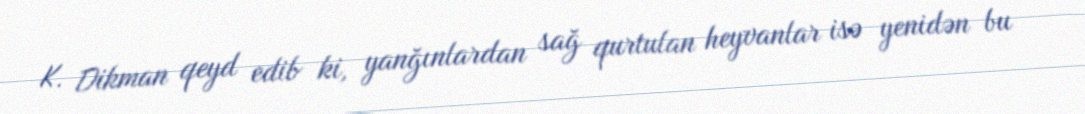
K. Dikman qeyd edib ki, yanğınlardan sağ qurtulan heyvanlar isə yenidən bu